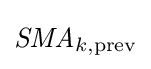
{\textit {SMA}}_{k,{\text{prev}}}